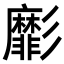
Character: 𢒺